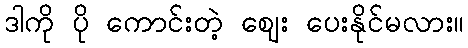
ဒါကို ပို ကောင်းတဲ့ ဈေး ပေးနိုင်မလား။